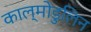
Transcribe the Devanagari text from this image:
काल्मोडुलिन